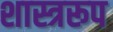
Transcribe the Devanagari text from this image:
शास्त्ररूप